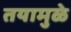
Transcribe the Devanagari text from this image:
तयामुळे